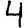
Digit: 4